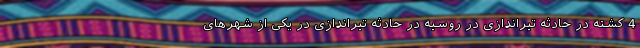
4 کشته در حادثه تیراندازی در روسیه در حادثه تیراندازی در یکی از شهرهای